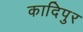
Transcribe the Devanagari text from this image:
कादिपुर